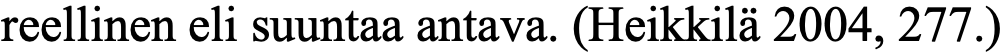
reellinen eli suuntaa antava. (Heikkilä 2004, 277.)